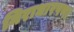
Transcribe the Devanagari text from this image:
निराधारपणा